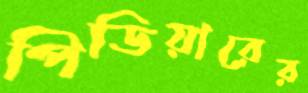
পিডিয়ারের